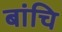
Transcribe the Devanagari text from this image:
बांचि